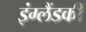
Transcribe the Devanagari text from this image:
इंग्लैंडकी